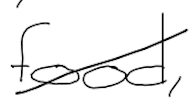
Text: food,
Cross-out: mix
Writing tool: digital_black